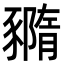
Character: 䝐